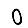
Digit: 0